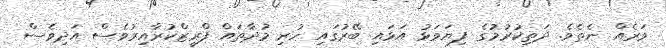
ވަރެއް ނެތެވެ. ދަތިކުރުމުގެ ފިޔަވަޅު އަޅައި ބޭރުގައި ހުރި މުދާތައް ފްރީޒްކުރާއިރުވެސް އަދިވެސް